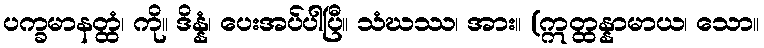
ပက္ခမာနတ္ထံ၊ ကို။ ဒိန္နံ၊ ပေးအပ်ပါပြီ။ သံဃဿ၊ အား။ (ဣတ္ထန္နာမာယ၊ သော။